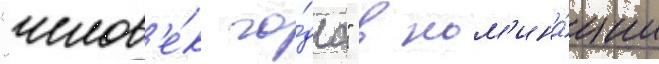
"челов'е́к го́да" в ном'ина́ции